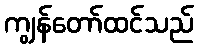
ကျွန်တော်ထင်သည်